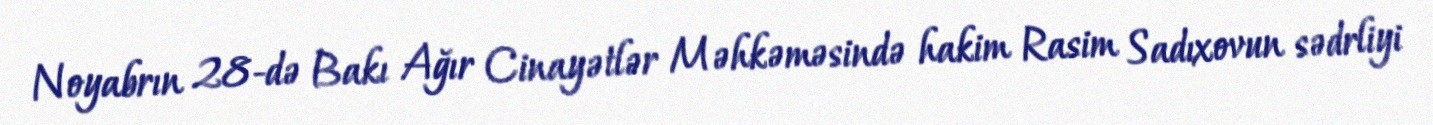
Noyabrın 28-də Bakı Ağır Cinayətlər Məhkəməsində hakim Rasim Sadıxovun sədrliyi